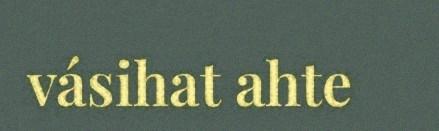
vásihat ahte